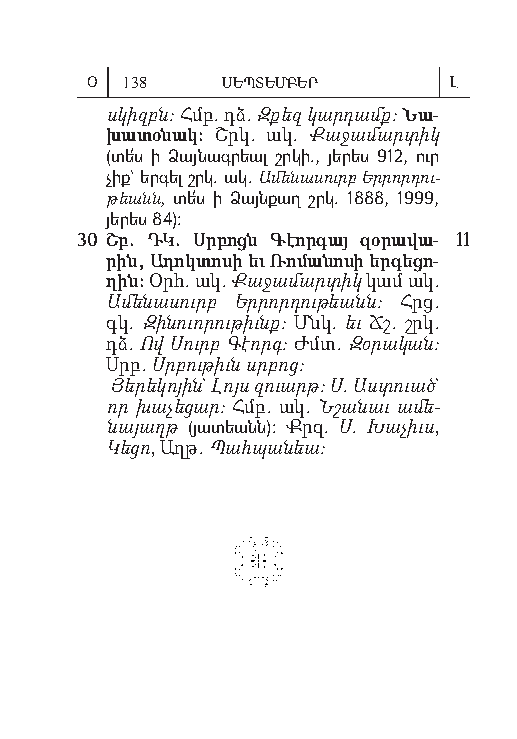
Օ 138    ՍԵՊՏԵՄԲԵՐ      Լ
 սկիզբն: Հմբ. դձ. Զքեզ կարդամք: Նա-
 խատօ նակ: Շրկ. ակ. Քա ջամ արտ իկ
 (տե՛ս ի Ձայն ագ րեալ շրկի., յե րես 912, ուր
 չիք` եր գել շրկ. ակ. Ամ ե նաս ուրբ Երր որ դու­
 թեանն, տե՛ս ի Ձայն քաղ շրկ. 1888, 1999,
 յե րես 84):
 30 Շբ. ԴԿ. Սր բոցն Գէոր գայ զօ րա վա- 11
 րին, Ա դոկ տո սի եւ Ռո մա նո սի եր գե ցո-
 ղին: Օրհ. ակ. Քա ջամ արտ իկ կամ ակ.
 Ամ ե նաս ուրբ Եր րորդ ու թեանն: Հրց.
 գկ. Զի նուոր ութ իւնք: Մնկ. եւ Ճշ. շրկ.
 դձ. Ով Սուրբ Գէորգ: Ժմտ. Զօ րակ ան:
 Սրբ. Սր բութ իւն սրբոց:
 Յե րե կոյ ին` Լոյս զուարթ: Ս. Աստ ուած`
 որ խա չեց ար: Հմբ. ակ. Ն շան աւ ա մե­
 նայ աղթ (յա տեանն): Քրզ. Ս. Խաչ իւս,
 Կեց ո, Աղթ. Պահ պան եա: